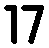
17